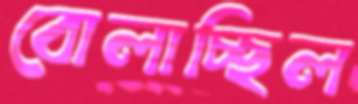
বোলাচ্ছিল